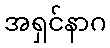
အရှင်နာဂ